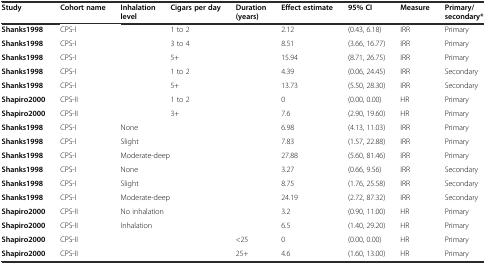
| Study | Cohort name | Inhalation level | Cigars per day | Duration (years) | Effect estimate | 95% CI | Measure | Primary/secondary* |
 | --- | --- | --- | --- | --- | --- | --- | --- | --- |
 | Shanks1998 | CPS-I |  | 1 to 2 |  | 2.12 | (0.43, 6.18) | IRR | Primary |
 | Shanks1998 | CPS-I |  | 3 to 4 |  | 8.51 | (3.66, 16.77) | IRR | Primary |
 | Shanks1998 | CPS-I |  | 5+ |  | 15.94 | (8.71, 26.75) | IRR | Primary |
 | Shanks1998 | CPS-I |  | 1 to 2 |  | 4.39 | (0.06, 24.45) | IRR | Secondary |
 | Shanks1998 | CPS-I |  | 5+ |  | 13.73 | (5.50, 28.30) | IRR | Secondary |
 | Shapiro2000 | CPS-II |  | 1 to 2 |  | 0 | (0.00, 0.00) | HR | Primary |
 | Shapiro2000 | CPS-II |  | 3+ |  | 7.6 | (2.90, 19.60) | HR | Primary |
 | Shanks1998 | CPS-I | None |  |  | 6.98 | (4.13, 11.03) | IRR | Primary |
 | Shanks1998 | CPS-I | Slight |  |  | 7.83 | (1.57, 22.88) | IRR | Primary |
 | Shanks1998 | CPS-I | <COLSPAN=2> Moderate-deep |  | 27.88 | (5.60, 81.46) | IRR | Primary |
 | Shanks1998 | CPS-I | None |  |  | 3.27 | (0.66, 9.56) | IRR | Secondary |
 | Shanks1998 | CPS-I | Slight |  |  | 8.75 | (1.76, 25.58) | IRR | Secondary |
 | Shanks1998 | CPS-I | <COLSPAN=2> Moderate-deep |  | 24.19 | (2.72, 87.32) | IRR | Secondary |
 | Shapiro2000 | CPS-II | <COLSPAN=2> No inhalation |  | 3.2 | (0.90, 11.00) | HR | Primary |
 | Shapiro2000 | CPS-II | Inhalation |  |  | 6.5 | (1.40, 29.20) | HR | Primary |
 | Shapiro2000 | CPS-II |  |  | <25 | 0 | (0.00, 0.00) | HR | Primary |
 | Shapiro2000 | CPS-II |  |  | 25+ | 4.6 | (1.60, 13.00) | HR | Primary |